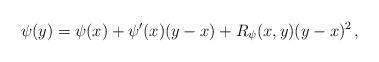
LaTeX: \begin{align*} \psi(y)=\psi(x)+\psi'(x)(y-x)+R_\psi(x,y)(y-x)^2\,,\end{align*}